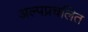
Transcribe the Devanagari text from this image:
अल्पप्रचलित